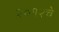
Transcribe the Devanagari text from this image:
२०१२चे